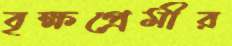
বৃক্ষপ্রেমীর